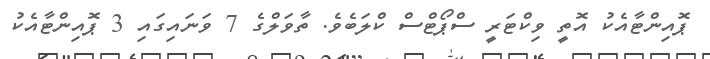
ޕޮއިންޓާއެކު އޮތީ ވިކްޓަރީ ސްޕޯޓްސް ކްލަބެވެ. ތާވަލްގެ 7 ވަނައިގައި 3 ޕޮއިންޓާއެކު